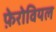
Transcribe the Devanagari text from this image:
फ़ेरोवियल